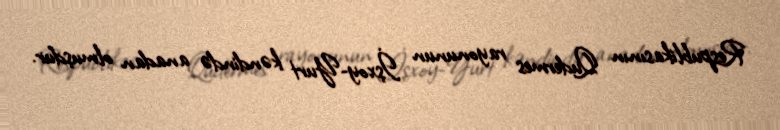
Respublikasının Qudermes rayonunun İşxoy-Yurt kəndində anadan olmuşdur.